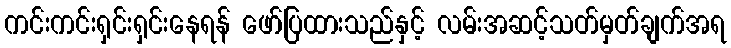
ကင်းကင်းရှင်းရှင်းနေရန် ဖော်ပြထားသည်နှင့် လမ်းအဆင့်သတ်မှတ်ချက်အရ